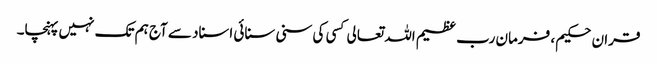
قران حکیم ، فرمان رب عظیم اللہ تعالی کسی کی سنی سنائی اسناد سے آج ہم تک نہیں پہنچا۔